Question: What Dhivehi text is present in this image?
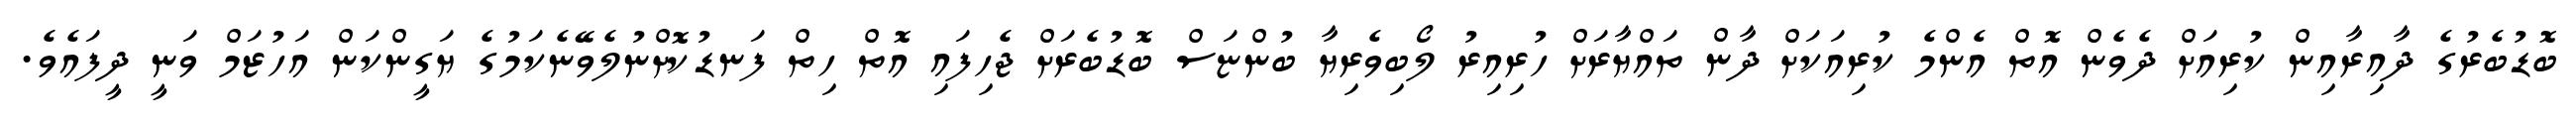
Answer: ބޮޑުބެރުގެ ދާއިރާއިން ކުރިއަށް ދެވެން އޮތް އެންމެ ކުރިއަކަށް ދާން ތައްޔާރަށް ހުރިއިރު ލޯބިވެރިޔާ ބުންޏަސް ބޮޑުބެރަށް ޖެހިފައި އޮތް ހިތް ފަނޑުކޮށްނުލެވޭނެކަމުގެ ޔަގީންކަން އަހުޒަމް ވަނީ ދީފައެވެ.